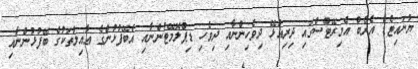
ޔުނައިޓެޑް އެރެބް އެމިރޭޓްސްގައި ދިރިއުޅޭ ދިވެހިންނާއި ދިވެހި ޑިޕްލޮމޭޓުންނާއި އެބޭފުޅުންގެ ޢާއިލާތަކުގެ ބޭފުޅުންނާއި